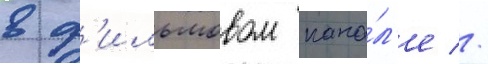
в ф'ильмовом кана́л'е //